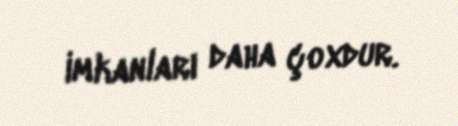
imkanları daha çoxdur.